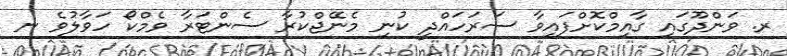
ރ. ވަންދޫގައި ގާއިމްކޮށްފައިވާ ސަރަހައްދީ ކުނި މެނޭޖްކުރާ ސެންޓަރާ ވެމްކޯ ހަވާލުވެ ނ